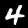
Digit: 4